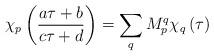
LaTeX: \begin{align*}\chi _{p}\left( \frac{a\tau +b}{c\tau +d}\right) =\sum _{q}M_{p}^{q}\chi _{q}\left( \tau \right)\end{align*}